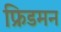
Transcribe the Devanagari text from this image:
फ्रिडमन